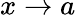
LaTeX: x\rightarrow a